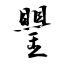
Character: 鑍